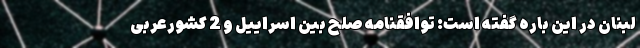
لبنان در این باره گفته است: توافقنامه صلح بین اسراییل و 2 کشورعربی